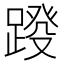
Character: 𨂩